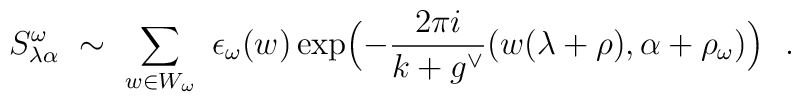
S_{\lambda\alpha}^\omega \ \sim\ \sum_{w\in W_\omega}\   \epsilon_\omega(w) \exp\Bigl(-\frac{2\pi i}{k+g^\vee}  \bigl(w(\lambda+\rho),\alpha+\rho_\omega\bigr)\Bigr)\ \ .